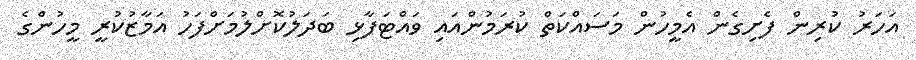
އަހަރު ކުރިން ފެށިގެން އެމީހުން މަސައްކަތް ކުރަމުންއައި ވައްޓަފާޅި ބަދަލުކޮށްލުމަށްފަހު އަމާޒުކުރީ މީހުންގެ